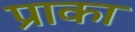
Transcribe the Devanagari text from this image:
प्राका